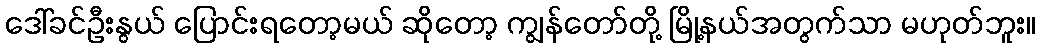
ဒေါ်ခင်ဦးနွယ် ပြောင်းရတော့မယ် ဆိုတော့ ကျွန်တော်တို့ မြို့နယ်အတွက်သာ မဟုတ်ဘူး။